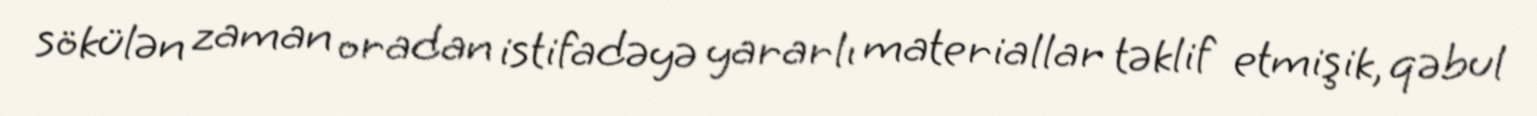
sökülən zaman oradan istifadəyə yararlı materiallar təklif etmişik, qəbul